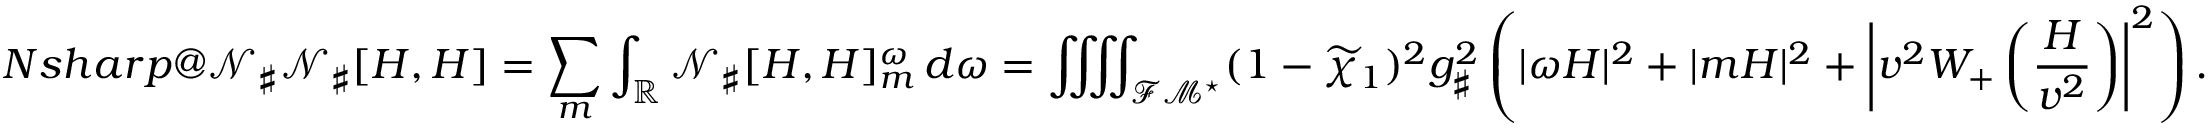
\index { N s h a r p @ \mathcal { N } _ { \sharp } } \mathcal { N } _ { \sharp } [ H , H ] = \sum _ { m } \int _ { \mathbb { R } } \mathcal { N } _ { \sharp } [ H , H ] _ { m } ^ { \omega } \, d \omega = \iiiint _ { { \mathcal { F M } ^ { \star } } } ( 1 - \widetilde { \chi } _ { 1 } ) ^ { 2 } g _ { \sharp } ^ { 2 } \left( | \omega H | ^ { 2 } + | m H | ^ { 2 } + \left| v ^ { 2 } W _ { + } \left( \frac { H } { v ^ { 2 } } \right) \right| ^ { 2 } \right) .